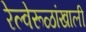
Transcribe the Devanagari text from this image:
रेल्वेरूळांखाली